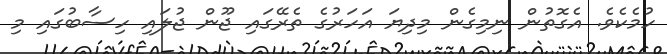
ހުމެކެވެ. އެގޮތުން ނިމިގެން މިދިޔަ އަހަރުގެ ތެރޭގައި ޖޫން ޖުލައި ހިސާބުގައި މި